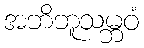
အဘိဘူသမ္ဘဝံ